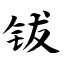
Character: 钹